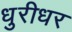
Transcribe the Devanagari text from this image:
धुरीधर